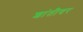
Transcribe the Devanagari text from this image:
शांतीवर